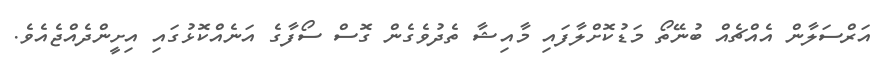
އަރްސަލާން އެއްޗެއް ބުނޭތޯ މަޑުކޮށްލާފައި މާއިޝާ ތެދުވެގެން ގޮސް ސޯފާގެ އަނެއްކޮޅުގައި އިށީންދެއްޖެއެވެ.